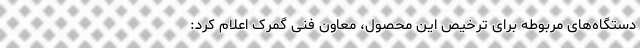
دستگاه‌های مربوطه برای ترخیص این محصول، معاون فنی گمرک اعلام کرد: